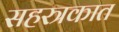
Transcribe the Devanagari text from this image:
सहस्त्रकात